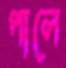
পালে